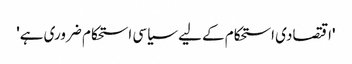
'اقتصادی استحکام کے لیے سیاسی استحکام ضروری ہے'